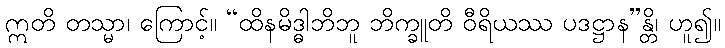
ဣတိ တသ္မာ၊ ကြောင့်။ “ထိနမိဒ္ဓါဘိဘူ ဘိက္ခူတိ ဝီရိယဿ ပဒဋ္ဌာန”န္တိ၊ ဟူ၍။